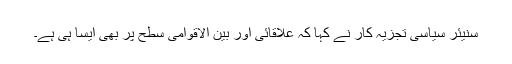
سنیئر سیاسی تجزیہ کار نے کہا کہ علاقائی اور بین الاقوامی سطح پر بھی ایسا ہی ہے۔